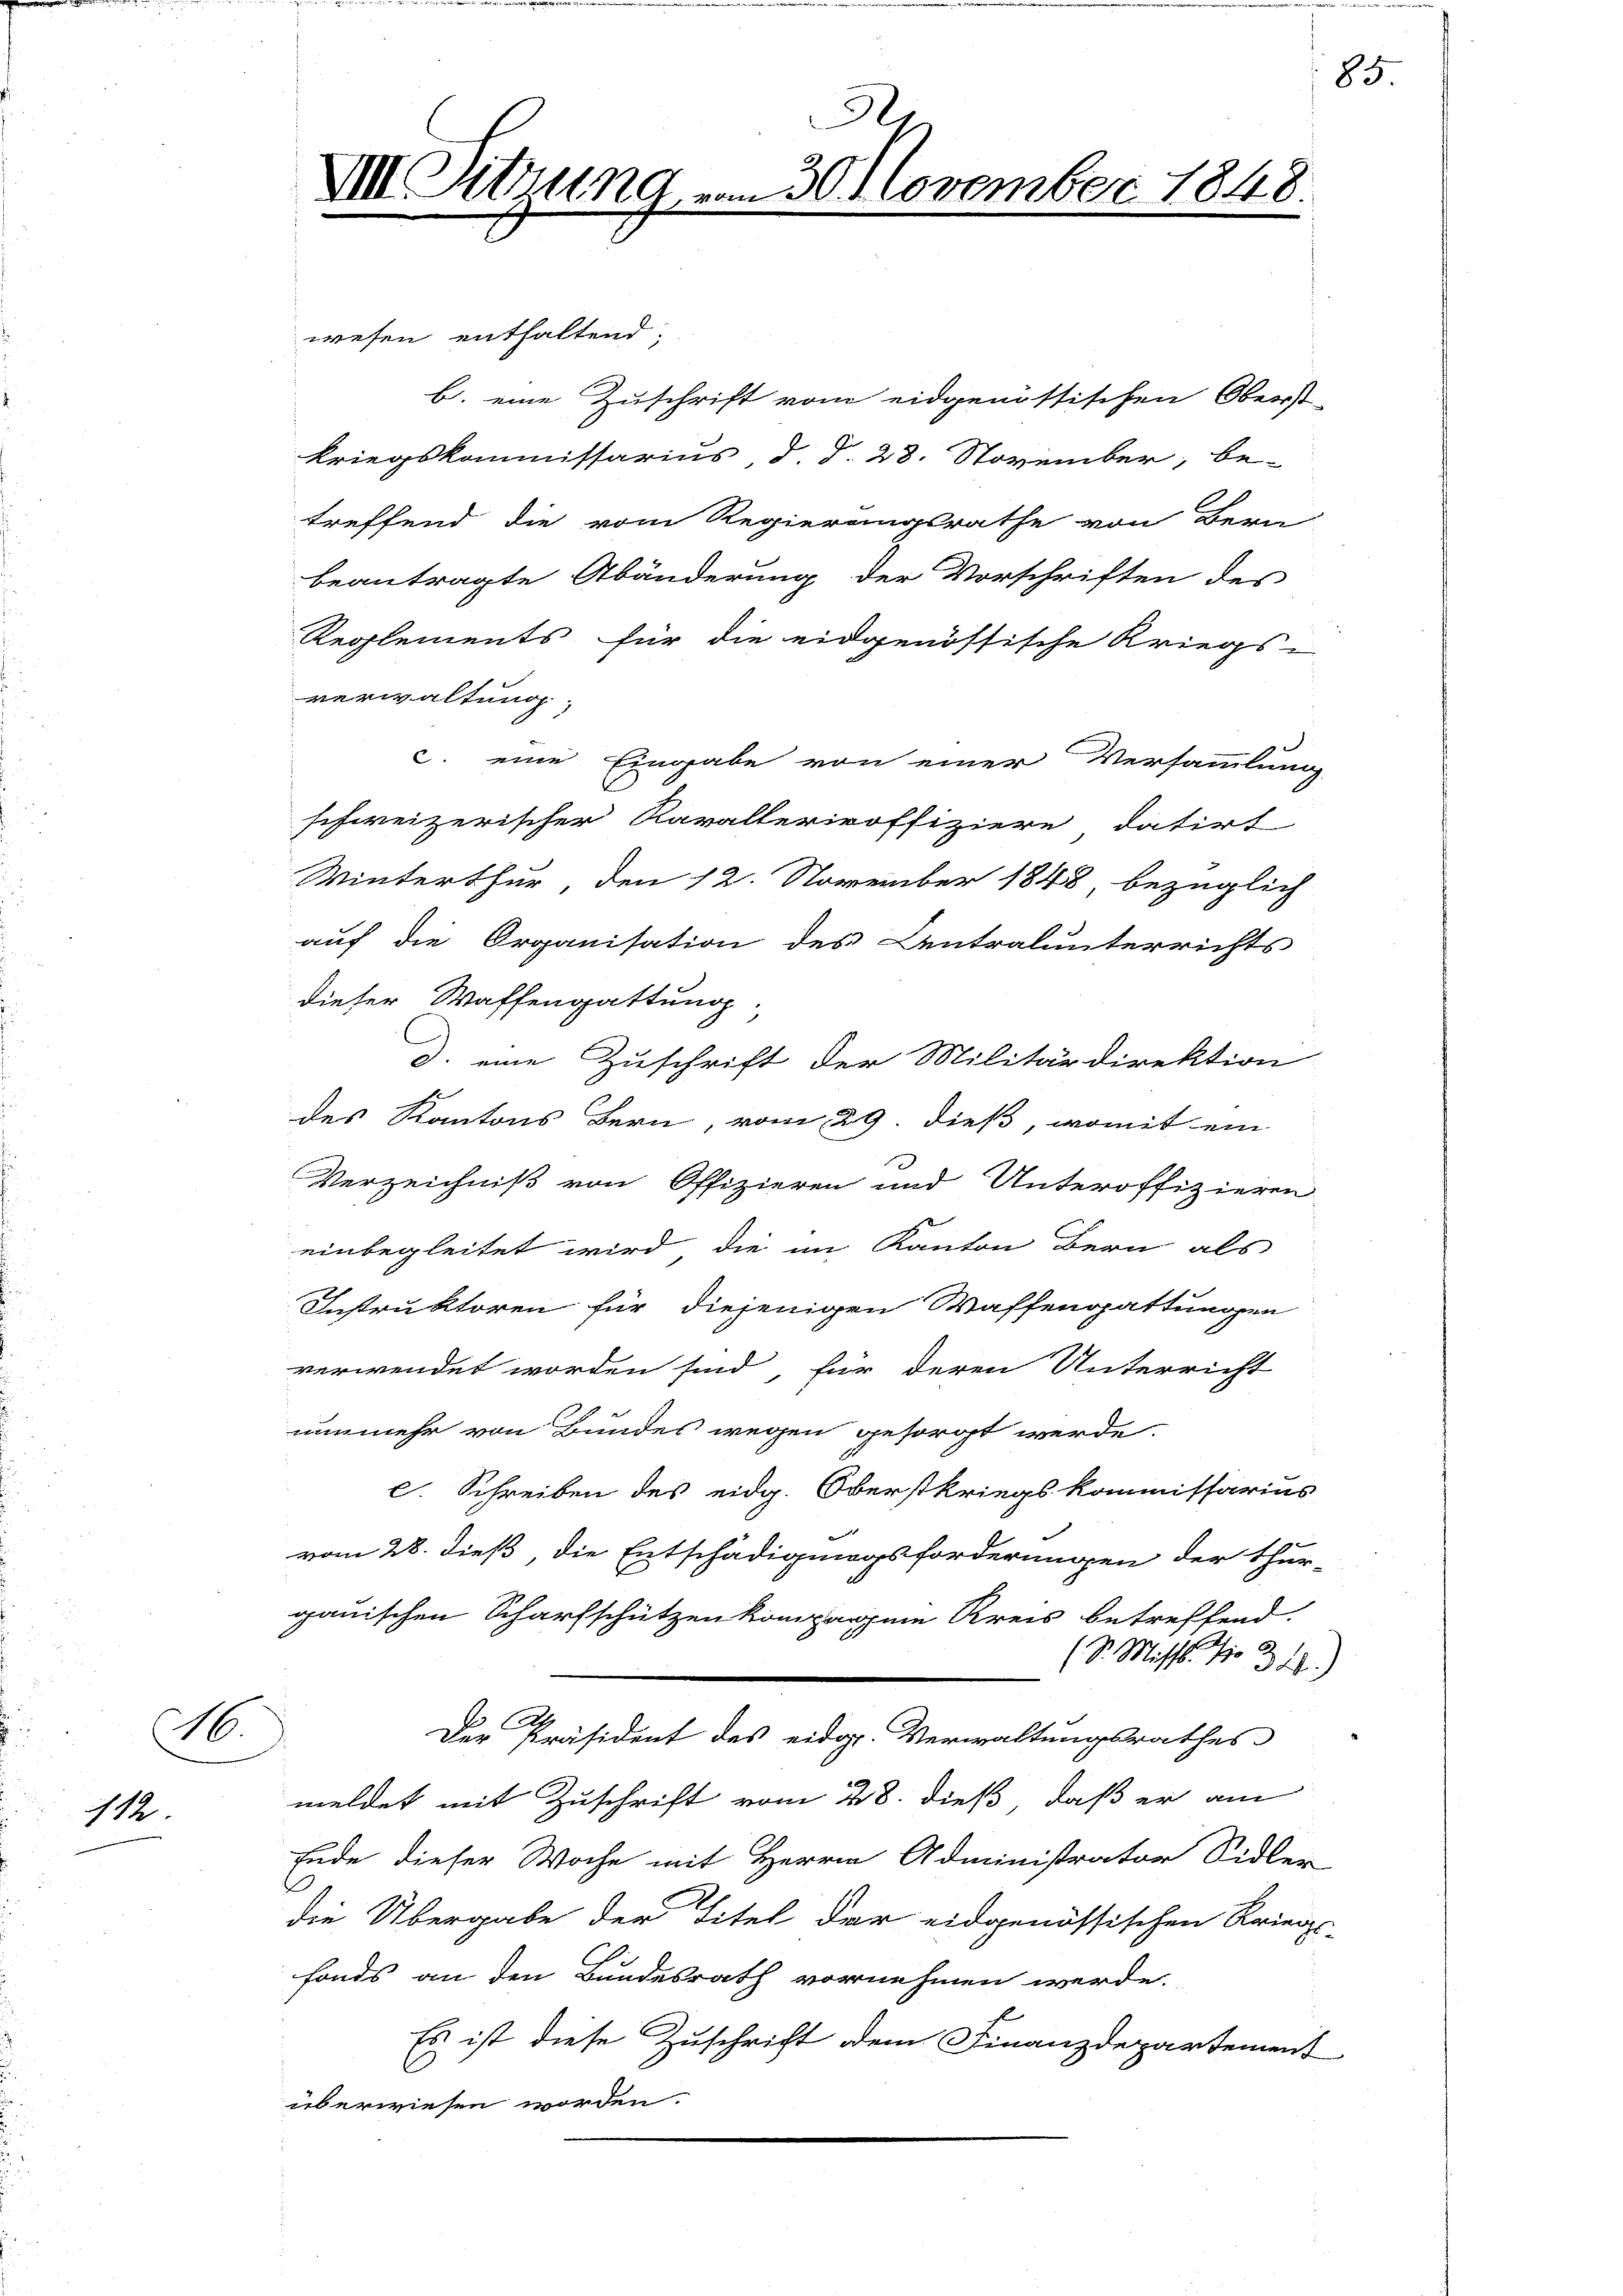
.
112

wesen enthaltend:
b. eine Zuschrift vom eidgenössischen Oberst-
kriegskommissarius, d. S. 28. November, be-
treffend die vom Regierungsrathe von Bern
beantragte Abänderung der Vorschriften des
Reglements für die eidgenössische Kriegs-
verwaltung
c. eine Eingabe von einer Versammlung
schweizerischer Kavalleriroffiziere datirt
Winterthur den 12. November 1848 bezüglich
auf die Organisation des Centralunterrichts
dieser Waffengattung,
d. eine Zuschrift der Militärdirektion
h
des Kantons Bern vom 29. dieß, womit ein
Verzeichniß von Offizieren und Unteroffizieren
einbegleitet wird, die im Kanton Bern als
Instruktoren für diejenigen Waffengattungen
verwendet worden sind, für deren Unterricht
nunmehr von Bundes wegen gesorgt werde.
c. Schreiben des eidg. Oberstkriegskommissarius
vom 28. dieß, die Entschädigungsforderungen der thur-
ganischen Scharfschützen kompagnie Kreis betreffend.
(S. Miss. No 31.)
Der Präsident des eidg. Verwaltungsrathes
meldet mit Zuschrift vom 28. dieß, daß er am
Ende dieser Woche mit Herrn Administrator Sidler
die Übergabe der Titel der eidgenössischen Kriegs-
fonds an den Bundesrath vornehmen werde.
Es ist diese Zuschrift dem Finanzdepartement
l
überwiesen worden.

A.
III. Sitzung vom 30. November 1848.

85.